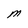
Character: M